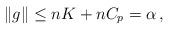
LaTeX: \begin{align*}\|g\|\le nK + nC_p = \alpha\, ,\end{align*}